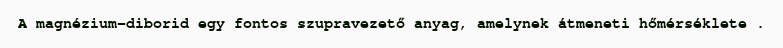
A magnézium-diborid egy fontos szupravezető anyag, amelynek átmeneti hőmérséklete .